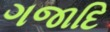
ગજાદિ